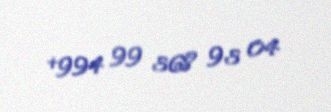
+994 99 368 93 04